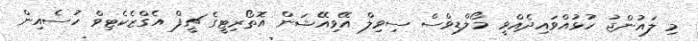
މި ލައުންޖު ހުޅުއްވައިދެއްވީ މޯލްޑިވްސް ސިވިލް އޭވިއޭޝަން އޮތޯރިޓީގެ ޗީފް އެގްޒެކެޓިވް ހުސެއިން